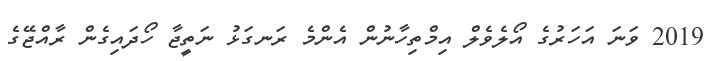
2019 ވަނަ އަހަރުގެ އޯލެވެލް އިމްތިހާނުން އެންމެ ރަނގަޅު ނަތީޖާ ހޯދައިގެން ރާއްޖޭގެ